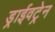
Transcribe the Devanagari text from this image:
ड्राईवट्रेन